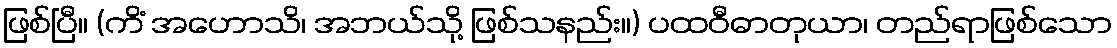
ဖြစ်ပြီ။ (ကိံ အဟောသိ၊ အဘယ်သို့ ဖြစ်သနည်း။) ပထဝီဓာတုယာ၊ တည်ရာဖြစ်သော